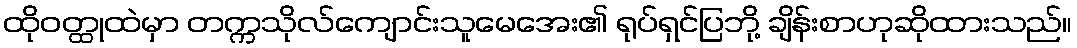
ထိုဝတ္ထုထဲမှာ တက္ကသိုလ်ကျောင်းသူမေအေး၏ ရုပ်ရှင်ပြဘို့ ချိန်းစာဟုဆိုထားသည်။